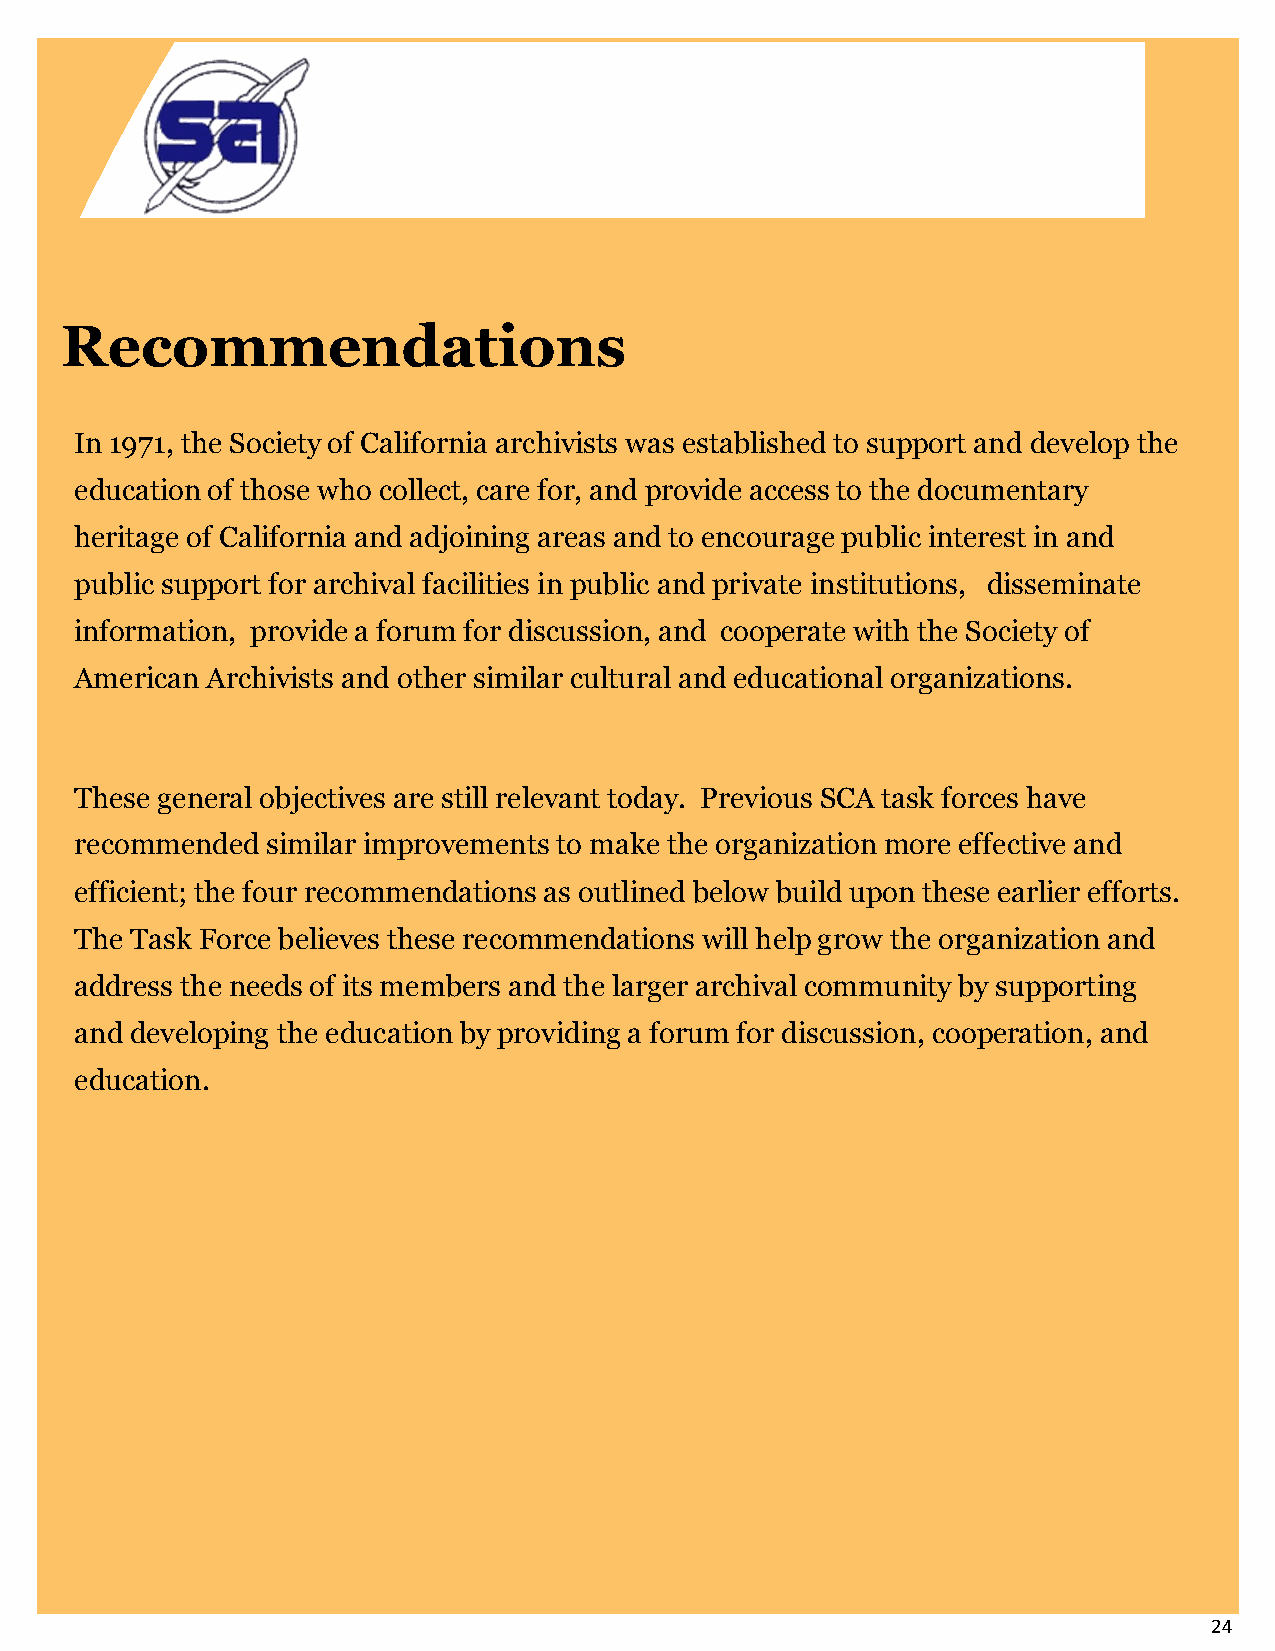
Recommendations
 In 1971, the Society of California archivists was established to support and develop the
 education of those who collect, care for, and provide access to the documentary
 heritage of California and adjoining areas and to encourage public interest in and
 public support for archival facilities in public and private institutions, disseminate
 information, provide a forum for discussion, and cooperate with the Society of
 American Archivists and other similar cultural and educational organizations.
 These general objectives are still relevant today. Previous SCA task forces have
 recommended  similar improvements to make the organization more effective and
 efficient; the four recommendations as outlined below build upon these earlier efforts.
 The Task Force believes these recommendations will help grow the organization and
 address the needs of its members and the larger archival community by supporting
 and developing the education by providing a forum for discussion, cooperation, and
 education.
 24